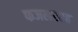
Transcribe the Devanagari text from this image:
फजलशाह